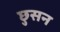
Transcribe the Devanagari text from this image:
छुसन